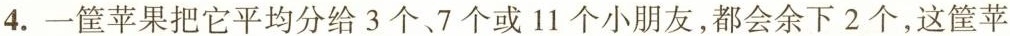
4. 一筐苹果把它平均分给3个、7个或11个小朋友，都会余下2个，这筐苹